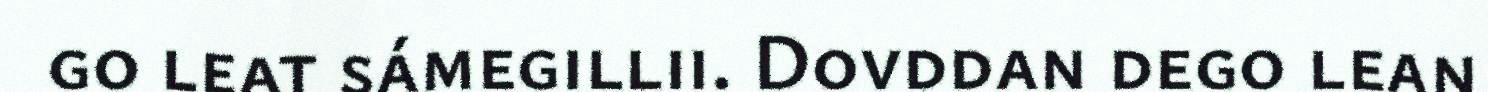
go leat sámegillii. Dovddan dego lean